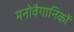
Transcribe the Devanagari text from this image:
मनोवैगानिकों